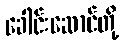
ခေါင်းဆောင်တို့